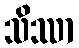
သိဿာ